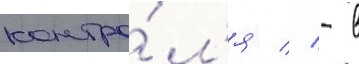
контро́л'я // - в